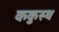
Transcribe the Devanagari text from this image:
ककुस्थ